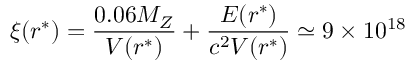
\xi ( r ^ { * } ) = \frac { 0 . 0 6 M _ { Z } } { V ( r ^ { * } ) } + \frac { E ( r ^ { * } ) } { c ^ { 2 } V ( r ^ { * } ) } \simeq 9 \times 1 0 ^ { 1 8 }